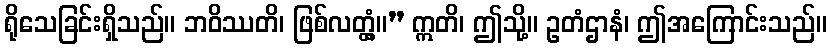
ရိုသေခြင်းရှိသည်။ ဘဝိဿတိ၊ ဖြစ်လတ္တံ့။” ဣတိ၊ ဤသို့။ ဥတံဌာနံ၊ ဤအကြောင်းသည်။